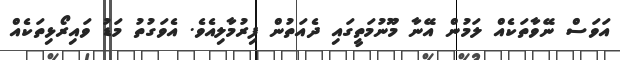
އަވަސް ނޭވާތަކެއް ލަމުން އޭނާ މޫނުމަތީގައި ދެއަތުން ފިރުމާލިއެވެ. އެވަގުތު މަޑު ވައިރޯޅިތަކެއް